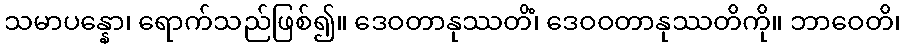
သမာပန္နော၊ ရောက်သည်ဖြစ်၍။ ဒေဝတာနုဿတိံ၊ ဒေဝဝတာနုဿတိကို။ ဘာဝေတိ၊